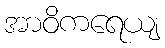
အာဝိကရေယျ